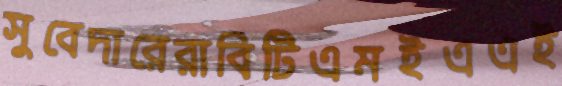
সুবেদারেরাবিটিএমইএএই